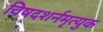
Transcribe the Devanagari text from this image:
विषदशर्नमृत्युक